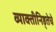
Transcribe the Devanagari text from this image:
व्याक्तीनिष्ठ्तेचे